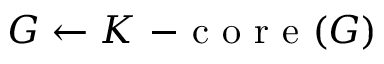
G \leftarrow K \mathrm { ~ - ~ c ~ o ~ r ~ e ~ } ( G )